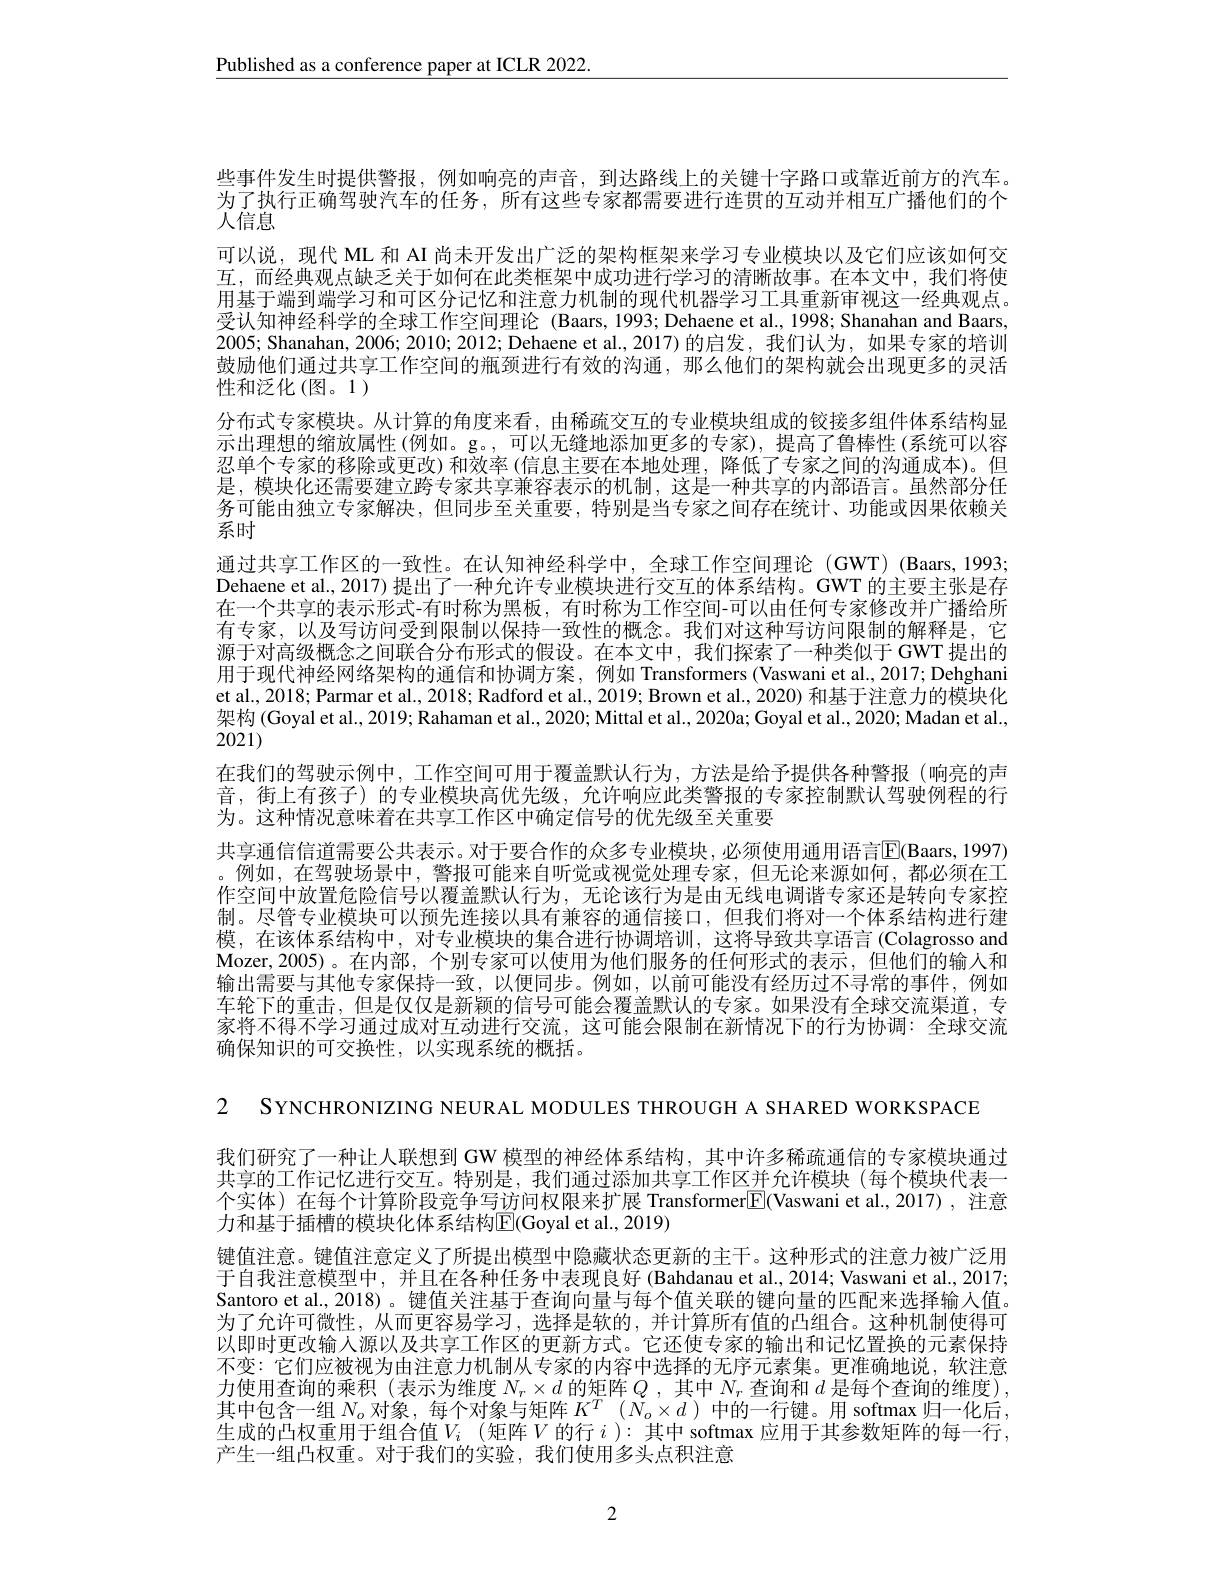
$\underline{\text{Published as a conference paper at ICLR 2022.}}$

些事件发生时提供警报，例如响亮的声音，到达路线上的关键十字路口或靠近前方的汽车。为了执行正确驾驶汽车的任务，所有这些专家都需要进行连贯的互动并相互广播他们的个人信息
可以说，现代 ML 和 AI 尚未开发出广泛的架构框架来学习专业模块以及它们应该如何交互，而经典观点缺乏关于如何在此类框架中成功进行学习的清晰故事。在本文中，我们将使用基于端到端学习和可区分记忆和注意力机制的现代机器学习工具重新审视这一经典观点。受认知神经科学的全球工作空间理论 (Baars, 1993; Dehaene et al., 1998; Shanahan and Baars 2005; Shanahan, 2006; 2010; 2012; Dehaene et al., 2017)的启发，我们认为，如果专家的培训鼓励他们通过共享工作空间的瓶颈进行有效的沟通，那么他们的架构就会出现更多的灵活性和泛化(图。1)
分布式专家模块。从计算的角度来看，由稀疏交互的专业模块组成的铰接多组件体系结构显示出理想的缩放属性(例如。g。,可以无缝地添加更多的专家),提高了鲁棒性(系统可以容忍单个专家的移除或更改)和效率(信息主要在本地处理，降低了专家之间的沟通成本)。但是，模块化还需要建立跨专家共享兼容表示的机制，这是一种共享的内部语言。虽然部分任务可能由独立专家解决，但同步至关重要，特别是当专家之间存在统计、功能或因果依赖关系时
通过共享工作区的一致性。在认知神经科学中，全球工作空间理论(GWT)(Baars,1993; Dehaene et al, 2017) 提出了一种允许专业模块进行交互的体系结构。GWT 的主要主张是存在一个共享的表示形式-有时称为黑板，有时称为工作空间-可以由任何专家修改并广播给所有专家，以及写访问受到限制以保持一致性的概念。我们对这种写访问限制的解释是，它源于对高级概念之间联合分布形式的假设。在本文中，我们探索了一种类似于GWT提出的用于现代神经网络架构的通信和协调方案，例如 Transformers(Vaswani et al., 2017; Dehghani et al., 2018; Parmar et al., 2018; Radford et al., 2019; Brown et al., 2020) 和基于注意力的模块化架构(Goyal et al., 2019; Rahaman et al., 2020; Mittal et al., 2020a; Goyal et al., 2020; Madan et al., 2021)
在我们的驾驶示例中，工作空间可用于覆盖默认行为，方法是给予提供各种警报(响亮的声音，街上有孩子)的专业模块高优先级，允许响应此类警报的专家控制默认驾驶例程的行为。这种情况意味着在共享工作区中确定信号的优先级至关重要
共享通信信道需要公共表示。对于要合作的众多专业模块，必须使用通用语言$\overline{\mathrm{E}}($Baars, 1997) 。例如，在驾驶场景中，警报可能来自听觉或视觉处理专家，但无论来源如何，都必须在工作空间中放置危险信号以覆盖默认行为，无论该行为是由无线电调谐专家还是转向专家控制。尽管专业模块可以预先连接以具有兼容的通信接口，但我们将对一个体系结构进行建模，在该体系结构中，对专业模块的集合进行协调培训，这将导致共享语言(Colagrosso and Mozer,2005)。在内部，个别专家可以使用为他们服务的任何形式的表示，但他们的输入和输出需要与其他专家保持一致，以便同步。例如，以前可能没有经历过不寻常的事件，例如车轮下的重击，但是仅仅是新颖的信号可能会覆盖默认的专家。如果没有全球交流渠道，专家将不得不学习通过成对互动进行交流，这可能会限制在新情况下的行为协调：全球交流确保知识的可交换性，以实现系统的概括。

2 SYNCHRONIZING NEURAL MODULES THROUGH A SHARED WORKSPACE

我们研究了一种让人联想到 GW 模型的神经体系结构，其中许多稀疏通信的专家模块通过共享的工作记忆进行交互。特别是，我们通过添加共享工作区并允许模块(每个模块代表一个实体)在每个计算阶段竞争写访问权限来扩展 Transformer$\boxed{\mathrm{F}}($Vaswani et al.,2017), 注意力和基于插槽的模块化体系结构$\mathbb{E}($Goyal et al., 2019)
键值注意。键值注意定义了所提出模型中隐藏状态更新的主干。这种形式的注意力被广泛用于自我注意模型中，并且在各种任务中表现良好(Bahdanau et al., 2014; Vaswani et al., 2017; Santoro et al., 2018)。键值关注基于查询向量与每个值关联的键向量的匹配来选择输入值为了允许可微性，从而更容易学习，选择是软的，并计算所有值的凸组合。这种机制使得可以即时更改输入源以及共享工作区的更新方式。它还使专家的输出和记忆置换的元素保持不变：它们应被视为由注意力机制从专家的内容中选择的无序元素集。更准确地说，软注意力使用查询的乘积(表示为维度$N_r\times d$的矩阵$Q$ ,其中$N_r$查询和$d$是每个查询的维度), 其中包含一组$N_o$ 对象，每个对象与矩阵 $K^T(N_o\times d)$ 中的一行键。用 softmax 归一化后， 生成的凸权重用于组合值$V_i$ (矩阵$V$的行 $i$ ):其中 softmax 应用于其参数矩阵的每一行， 产生一组凸权重。对于我们的实验，我们使用多头点积注意

2